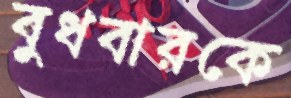
বুধবারকে